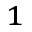
^ 1